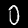
Digit: 0